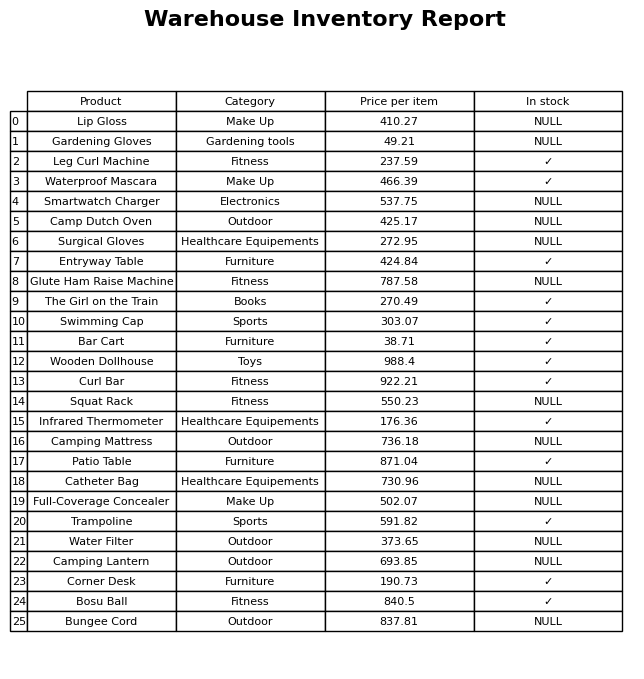
question: Is the Swimming Cap in stock?
answer: ✓